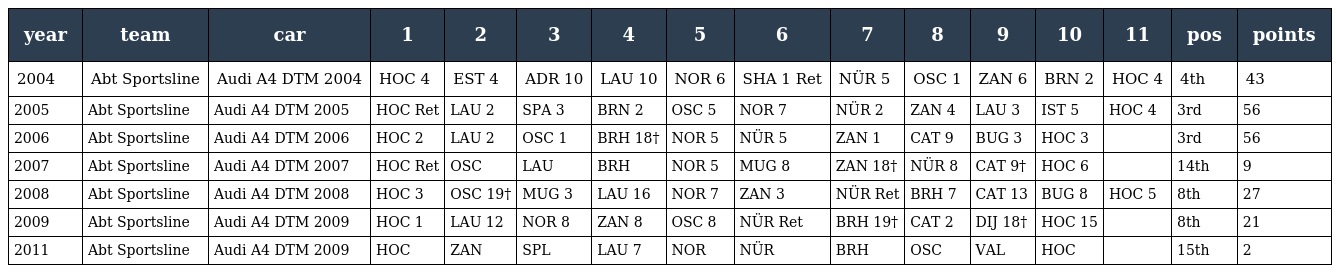
| year | team | car | 1 | 2 | 3 | 4 | 5 | 6 | 7 | 8 | 9 | 10 | 11 | pos | points |
 | --- | --- | --- | --- | --- | --- | --- | --- | --- | --- | --- | --- | --- | --- | --- | --- |
 | 2004 | Abt Sportsline | Audi A4 DTM 2004 | HOC 4 | EST 4 | ADR 10 | LAU 10 | NOR 6 | SHA 1 Ret | NÜR 5 | OSC 1 | ZAN 6 | BRN 2 | HOC 4 | 4th | 43 |
 | 2005 | Abt Sportsline | Audi A4 DTM 2005 | HOC Ret | LAU 2 | SPA 3 | BRN 2 | OSC 5 | NOR 7 | NÜR 2 | ZAN 4 | LAU 3 | IST 5 | HOC 4 | 3rd | 56 |
 | 2006 | Abt Sportsline | Audi A4 DTM 2006 | HOC 2 | LAU 2 | OSC 1 | BRH 18† | NOR 5 | NÜR 5 | ZAN 1 | CAT 9 | BUG 3 | HOC 3 |  | 3rd | 56 |
 | 2007 | Abt Sportsline | Audi A4 DTM 2007 | HOC Ret | OSC | LAU | BRH | NOR 5 | MUG 8 | ZAN 18† | NÜR 8 | CAT 9† | HOC 6 |  | 14th | 9 |
 | 2008 | Abt Sportsline | Audi A4 DTM 2008 | HOC 3 | OSC 19† | MUG 3 | LAU 16 | NOR 7 | ZAN 3 | NÜR Ret | BRH 7 | CAT 13 | BUG 8 | HOC 5 | 8th | 27 |
 | 2009 | Abt Sportsline | Audi A4 DTM 2009 | HOC 1 | LAU 12 | NOR 8 | ZAN 8 | OSC 8 | NÜR Ret | BRH 19† | CAT 2 | DIJ 18† | HOC 15 |  | 8th | 21 |
 | 2011 | Abt Sportsline | Audi A4 DTM 2009 | HOC | ZAN | SPL | LAU 7 | NOR | NÜR | BRH | OSC | VAL | HOC |  | 15th | 2 |